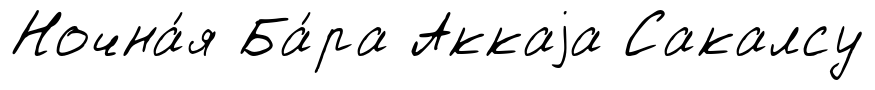
Ночна́я Ба́ра Аккаjа Сакалсу